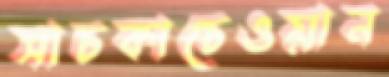
সাচকাচেওয়ান